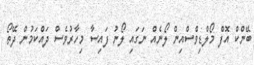
ބޭންކް އޮފް މޯލްޑިވްސްއިން ލޯނެއް ނަގައި ލޯނު ފައިސާ މިހާރުވެސް ދައްކަމުން ދޭތޯ